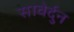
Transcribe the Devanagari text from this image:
सावेर्दुन